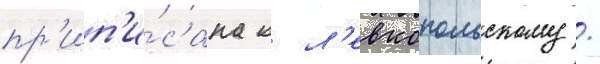
пр'ип'и́сана к л'евкопольскому /